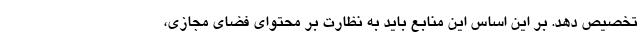
تخصیص دهد. بر این اساس این منابع باید به نظارت بر محتوای فضای مجازی،